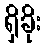
ရှိခိုး